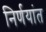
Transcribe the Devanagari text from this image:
निर्णयांत